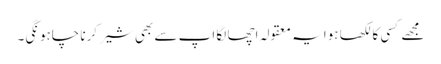
مجھے کسی کا لکھا ہوا یہ معقولہ اچھا لگا اپ سے بھی شیر کرنا چاہونگی۔